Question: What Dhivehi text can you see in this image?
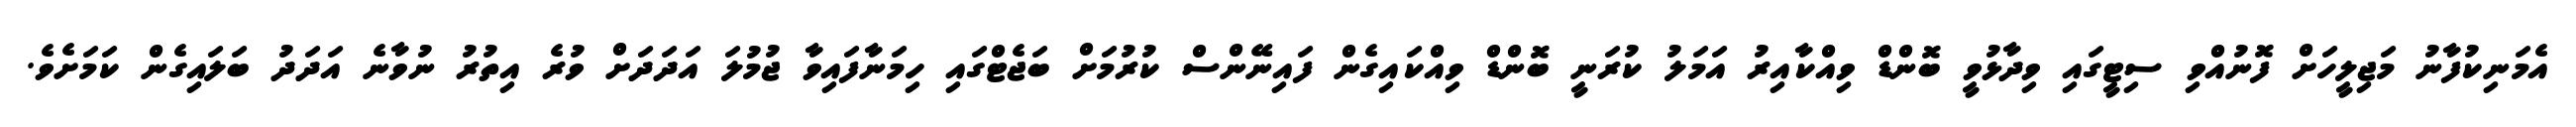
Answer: އެމަނިކުފާނު މަޖިލީހަށް ފޮނުއްވި ސިޓީގައި ވިދާޅުވީ ބޮންޑް ވިއްކާއިރު އަމަލު ކުރަނީ ބޮންޑް ވިއްކައިގެން ފައިނޭންސް ކުރުމަށް ބަޖެޓްގައި ހިމަނާފައިވާ ޖުމުލަ އަދަދަށް ވުރެ އިތުރު ނުވާނެ އަދަދު ބަލައިގެން ކަމަށެވެ.